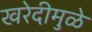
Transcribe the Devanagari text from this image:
खरेदीमुळे